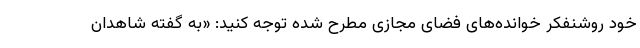
خود روشنفکر خوانده‌های فضای مجازی مطرح شده توجه کنید: «به گفته شاهدان